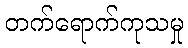
တက်ရောက်ကုသမှု